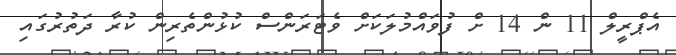
އެޕްރީލް 11 ން 14 ށް ފުވައްމުލަކަށް ވެޓަރަންސް ކުޅުންތެރިން ކުރާ ދަތުރުގައި